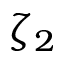
\zeta _ { 2 }